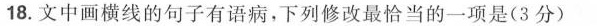
18,文中画横线的句子有语病.下列修改最恰当的一项是(3分)